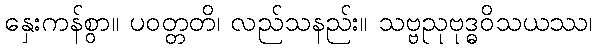
နှေးကန်စွာ။ ပဝတ္တတိ၊ လည်သနည်း။ သဗ္ဗညုဗုဒ္ဓဝိသယဿ၊